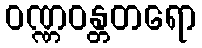
ဝဏ္ဏဝန္တတရော